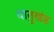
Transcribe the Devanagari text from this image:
धातुखंड